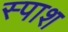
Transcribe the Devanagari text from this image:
स्पाश